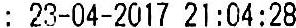
: 23-04-2017 21:04:28